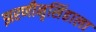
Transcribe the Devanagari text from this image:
झरणीनृसिंहाला